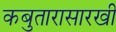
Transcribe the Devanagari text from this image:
कबुतारासारखी